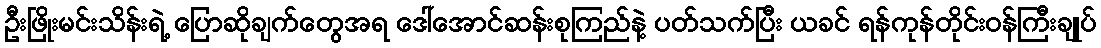
ဦးဖြိုးမင်းသိန်းရဲ့ ပြောဆိုချက်တွေအရ ဒေါ်အောင်ဆန်းစုကြည်နဲ့ ပတ်သက်ပြီး ယခင် ရန်ကုန်တိုင်းဝန်ကြီးချုပ်